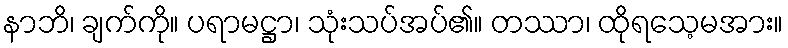
နာဘိ၊ ချက်ကို။ ပရာမဋ္ဌာ၊ သုံးသပ်အပ်၏။ တဿာ၊ ထိုရသေ့မအား။